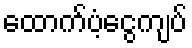
ထောက်ပံ့ငွေကျပ်